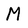
Character: M